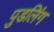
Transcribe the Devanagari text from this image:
पुडलिंग